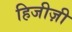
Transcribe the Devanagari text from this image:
हिजीज़ी